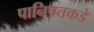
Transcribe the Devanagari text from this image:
पानिपतकडे